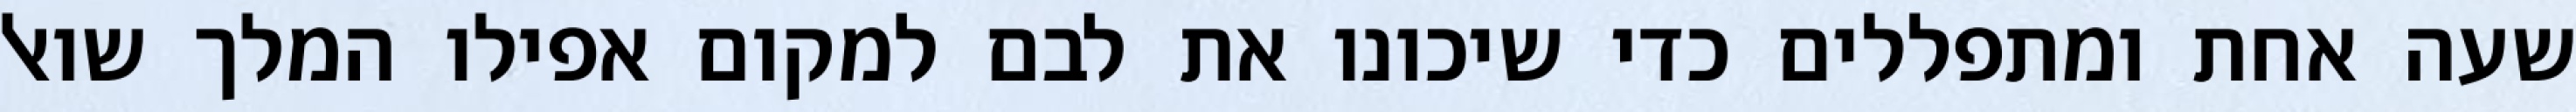
שעה אחת ומתפללים כדי שיכונו את לבם למקום אפילו המלך שואל